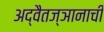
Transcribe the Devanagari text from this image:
अद्वैतज्ञानाची